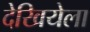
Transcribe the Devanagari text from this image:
देखियेला